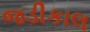
જડીકાલ